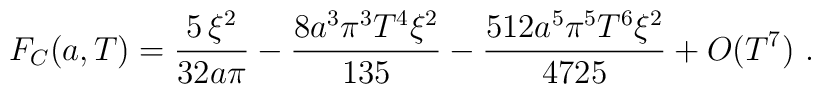
F_C(a,T)=\frac{5\,\xi^2}{32a\pi }-\frac{8a^3\pi^3T^4\xi^2}{135}-\frac{512a^5\pi^5T^6\xi^2}{4725}+O(T^7)\,\,.